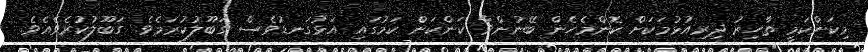
މިކަންކަމީ ތާހިރު ދިރިއުޅުމަކަށް ކޮންމެހެން ބޭނުންވާ ކަންކަން ކަމުގައި އަޅުގަނޑުވެސް ގަބޫލުކުރަމެވެ. ގަބޫލުކުރެވެއެވެ.